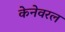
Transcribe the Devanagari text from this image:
केनेवरल